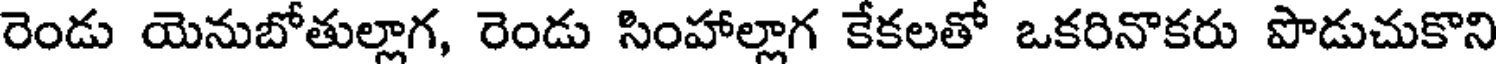
రెండు యెనుబోతుల్లాగ, రెండు సింహాల్లాగ కేకలతో ఒకరినొకరు పొడుచుకొని